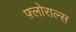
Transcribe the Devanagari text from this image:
फ़्लोराल्स